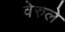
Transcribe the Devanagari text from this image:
वेरुले